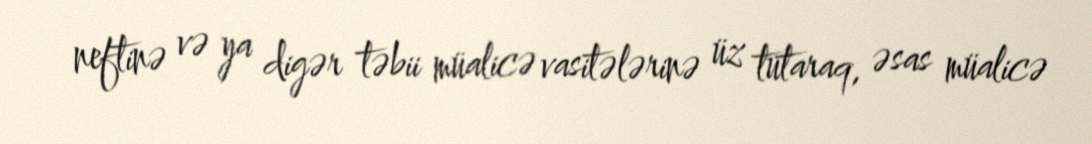
neftinə və ya digər təbii müalicə vasitələrinə üz tutaraq, əsas müalicə